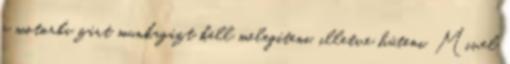
a motorba zárt munkagázt kell melegíteni, illetve hűteni. Mivel